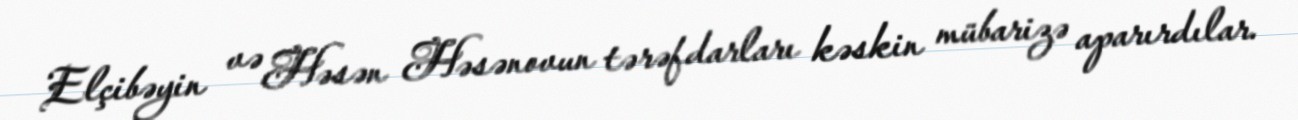
Elçibəyin və Həsən Həsənovun tərəfdarları kəskin mübarizə aparırdılar.